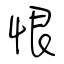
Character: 恨